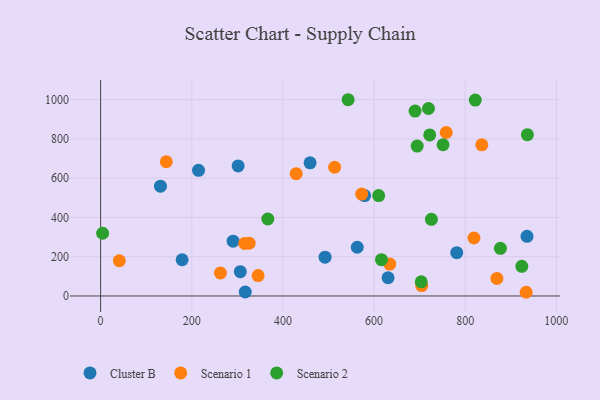
{"axis": {"x": "Distance", "y": "Yield"}, "legend": ["Cluster B", "Scenario 1", "Scenario 2"], "data": [{"x": "935.6", "y": 303.8, "type": "Cluster B"}, {"x": "492.5", "y": 197.8, "type": "Cluster B"}, {"x": "579.2", "y": 511.2, "type": "Cluster B"}, {"x": "290.8", "y": 278.9, "type": "Cluster B"}, {"x": "214.8", "y": 640.1, "type": "Cluster B"}, {"x": "459.6", "y": 678.5, "type": "Cluster B"}, {"x": "131.3", "y": 559.1, "type": "Cluster B"}, {"x": "306.5", "y": 123.5, "type": "Cluster B"}, {"x": "781.4", "y": 220.4, "type": "Cluster B"}, {"x": "317.4", "y": 20.2, "type": "Cluster B"}, {"x": "301.7", "y": 662.5, "type": "Cluster B"}, {"x": "630.7", "y": 92.8, "type": "Cluster B"}, {"x": "563.1", "y": 248.1, "type": "Cluster B"}, {"x": "178.8", "y": 184.6, "type": "Cluster B"}, {"x": "933.7", "y": 18.8, "type": "Scenario 1"}, {"x": "325.9", "y": 268.9, "type": "Scenario 1"}, {"x": "316.2", "y": 267.6, "type": "Scenario 1"}, {"x": "758.3", "y": 832.7, "type": "Scenario 1"}, {"x": "634.4", "y": 162.3, "type": "Scenario 1"}, {"x": "262.9", "y": 116.9, "type": "Scenario 1"}, {"x": "429.1", "y": 623.1, "type": "Scenario 1"}, {"x": "869.5", "y": 89.4, "type": "Scenario 1"}, {"x": "704.6", "y": 53.0, "type": "Scenario 1"}, {"x": "345.6", "y": 104.0, "type": "Scenario 1"}, {"x": "819.1", "y": 295.4, "type": "Scenario 1"}, {"x": "836.4", "y": 769.8, "type": "Scenario 1"}, {"x": "144.1", "y": 683.7, "type": "Scenario 1"}, {"x": "513.4", "y": 655.8, "type": "Scenario 1"}, {"x": "572.9", "y": 519.0, "type": "Scenario 1"}, {"x": "41.0", "y": 179.4, "type": "Scenario 1"}, {"x": "751.3", "y": 770.4, "type": "Scenario 2"}, {"x": "366.9", "y": 392.1, "type": "Scenario 2"}, {"x": "822.1", "y": 998.0, "type": "Scenario 2"}, {"x": "936.4", "y": 821.7, "type": "Scenario 2"}, {"x": "690.0", "y": 942.1, "type": "Scenario 2"}, {"x": "694.6", "y": 763.5, "type": "Scenario 2"}, {"x": "543.1", "y": 999.7, "type": "Scenario 2"}, {"x": "725.8", "y": 390.2, "type": "Scenario 2"}, {"x": "4.4", "y": 319.5, "type": "Scenario 2"}, {"x": "610.1", "y": 511.6, "type": "Scenario 2"}, {"x": "703.5", "y": 72.2, "type": "Scenario 2"}, {"x": "924.2", "y": 151.0, "type": "Scenario 2"}, {"x": "616.3", "y": 184.7, "type": "Scenario 2"}, {"x": "877.2", "y": 242.8, "type": "Scenario 2"}, {"x": "722.1", "y": 820.4, "type": "Scenario 2"}, {"x": "719.4", "y": 954.9, "type": "Scenario 2"}]}